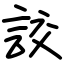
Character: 詨